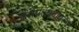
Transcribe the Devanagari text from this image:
जरीपटक्यावरच